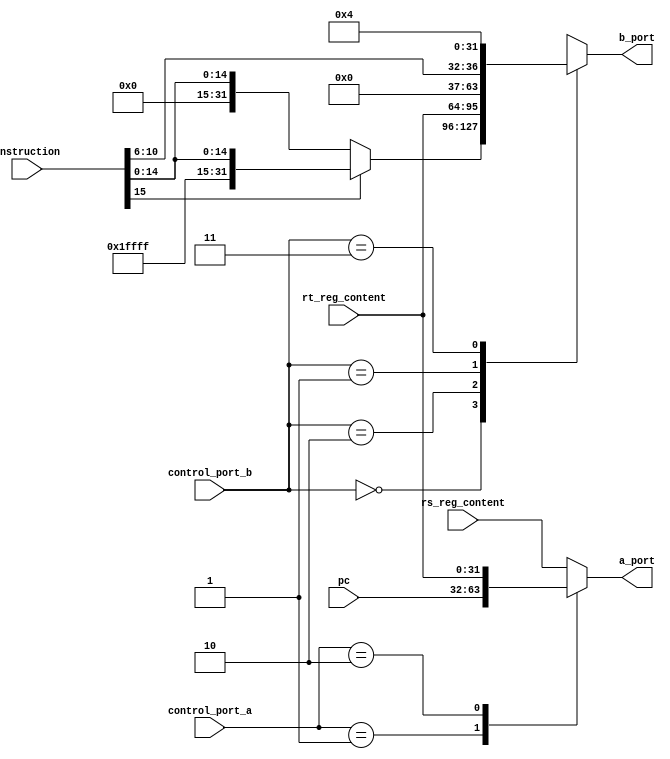
`timescale 1ns / 1ps
//////////////////////////////////////////////////////////////////////////////////
// Company: 
// Engineer: 
// 
// Design Name: 
// Module Name: alu_preparer
// Project Name: 
// Target Devices: 
// Tool Versions: 
// Description: 
// 
// Dependencies: 
// 
// Revision:
// Revision 0.01 - File Created
// Additional Comments:
// 
//////////////////////////////////////////////////////////////////////////////////


module alu_preparer(//input signals
					input [31:0] instruction,
					input [31:0] rs_reg_content,
					input [31:0] rt_reg_content,
					input [31:0] pc,
					//control signals
					input [1:0] control_port_a,
					input [1:0] control_port_b,
					//output signals
					output reg [31:0] b_port,
					output reg [31:0] a_port
    );

	parameter b_from_imm = 2'b00;
	parameter b_from_sa = 2'b01;
	parameter b_from_rt = 2'b10;
	parameter b_from_4   = 2'b11;
	parameter a_from_rs = 2'b00;
	parameter a_from_pc = 2'b01;
	parameter a_from_rt = 2'b10;

	always @ (*) begin
	case(control_port_b)
	b_from_imm:
		b_port = (instruction[15] == 0)? {16'h0000,instruction[15:0]}:{16'hffff,instruction[15:0]};
	b_from_rt:
		b_port = rt_reg_content;
	b_from_sa:
		b_port = {27'd0,instruction[10:6]};
	b_from_4:
		b_port = 'd4;
	default:
	   b_port = 32'b0;
	endcase
	case(control_port_a)
	a_from_rs: 
		a_port = rs_reg_content;
	a_from_pc:
		a_port = pc;
	a_from_rt:
		a_port = rt_reg_content;
	default:
		a_port = rs_reg_content;
	endcase
	end

endmodule